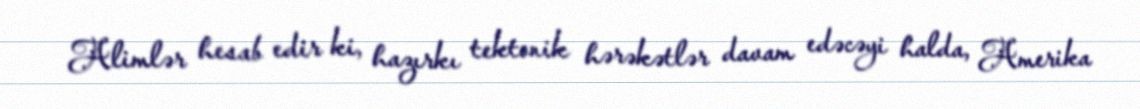
Alimlər hesab edir ki, hazırkı tektonik hərəkətlər davam edəcəyi halda, Amerika